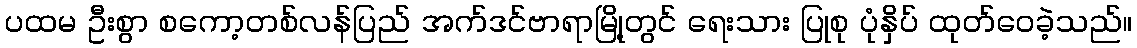
ပထမ ဦးစွာ စကော့တစ်လန်ပြည် အက်ဒင်ဗာရာမြို့တွင် ရေးသား ပြုစု ပုံနှိပ် ထုတ်ဝေခဲ့သည်။